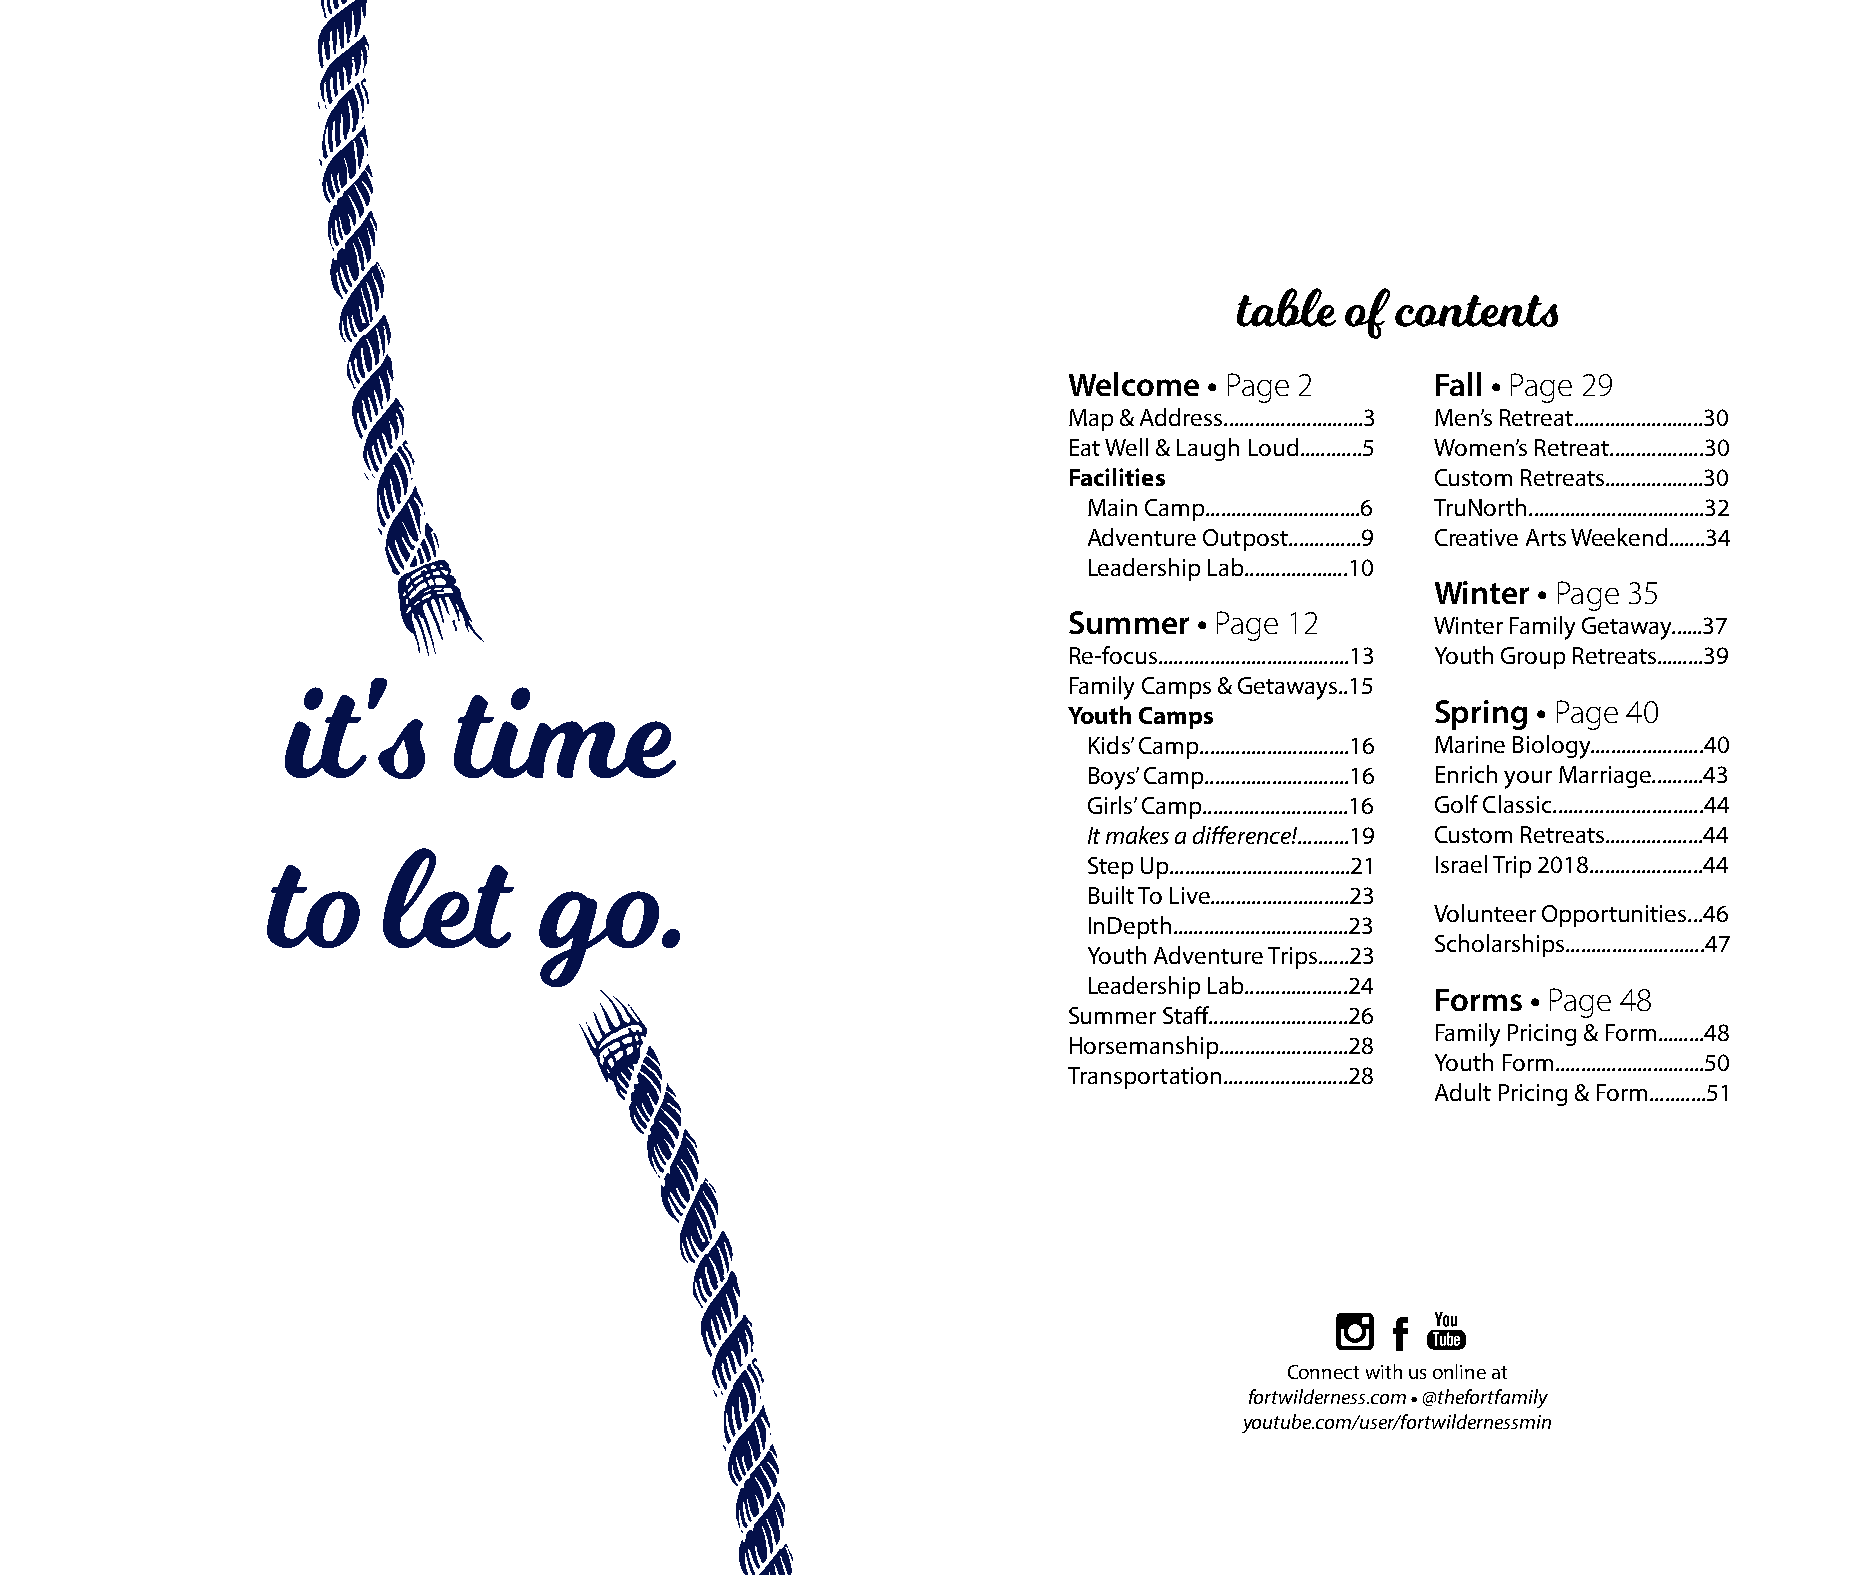
table  of contents
 Welcome  • Page 2       Fall • Page 29
 Map & Address...........................3 Men’s Retreat.........................30
 Eat Well & Laugh Loud............5 Women’s Retreat..................30
 Facilities              Custom Retreats...................30
 Main Camp..............................6 TruNorth..................................32
 Adventure Outpost..............9 Creative Arts Weekend.......34
 Leadership Lab....................10
 Winter • Page 35
 Summer  • Page 12       Winter Family Getaway......37
 Re-focus.....................................13 Youth Group Retreats.........39
 Family Camps & Getaways..15
 Spring • Page 40
 it's       time                                     Youth Camps
 Kids’ Camp.............................16 Marine Biology......................40
 Boys’ Camp............................16 Enrich your Marriage..........43
 Girls’ Camp............................16 Golf Classic.............................44
 It makes a difference!..........19 Custom Retreats...................44
 Step Up...................................21 Israel Trip 2018......................44
 to     let        go.
 Built To Live...........................23
 Volunteer Opportunities...46
 InDepth..................................23
 Scholarships...........................47
 Youth Adventure Trips......23
 Leadership Lab....................24
 Forms • Page 48
 Summer Staff...........................26
 Family Pricing & Form.........48
 Horsemanship.........................28
 Youth Form.............................50
 Transportation........................28
 Adult Pricing & Form...........51
 Connect with us online at
 fortwilderness.com • @thefortfamily
 youtube.com/user/fortwildernessmin